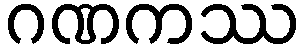
ဂဏကဿ